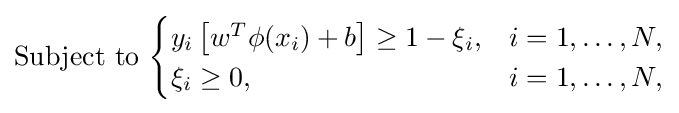
{\text{Subject to }}{\begin{cases}y_{i}\left[{w^{T}\phi (x_{i})+b}\right]\geq 1-\xi _{i},&i=1,\ldots ,N,\\\xi _{i}\geq 0,&i=1,\ldots ,N,\end{cases}}